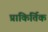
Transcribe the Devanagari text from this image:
प्राकिर्तिक